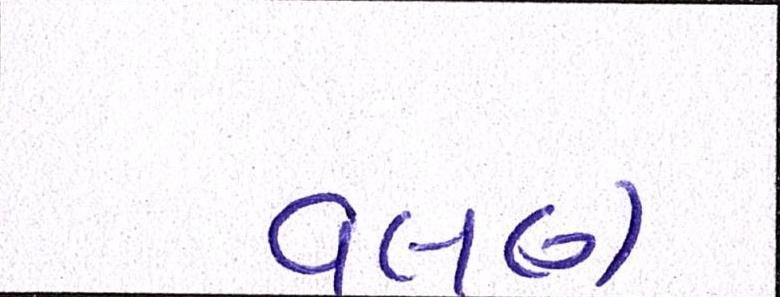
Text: વલણ